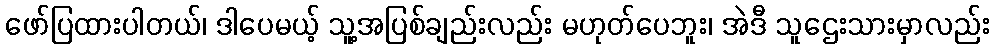
ဖော်ပြထားပါတယ်၊ ဒါပေမယ့် သူ့အပြစ်ချည်းလည်း မဟုတ်ပေဘူး၊ အဲဒီ သူဌေးသားမှာလည်း